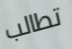
تطالب